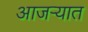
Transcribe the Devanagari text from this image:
आजऱ्यात